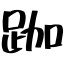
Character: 跏